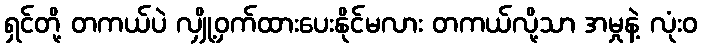
ရှင်တို့ တကယ်ပဲ လျှို့ဝှက်ထားပေးနိုင်မလား တကယ်လို့သာ အမှုနဲ့ လုံးဝ